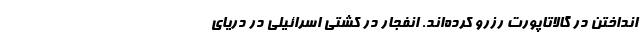
انداختن در گالاتاپورت رزرو کرده‌اند. انفجار در کشتی اسرائیلی در دریای